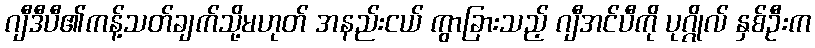
ဂျီဒီပီ၏ကန့်သတ်ချက်သို့မဟုတ် အနည်းငယ် ကွာခြားသည့် ဂျီအင်ပီကို ပုဂ္ဂိုလ် နှစ်ဦးက